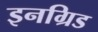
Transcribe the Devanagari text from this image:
इनग्रिड